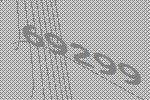
69299